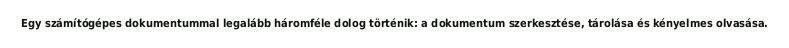
Egy számítógépes dokumentummal legalább háromféle dolog történik: a dokumentum szerkesztése, tárolása és kényelmes olvasása.